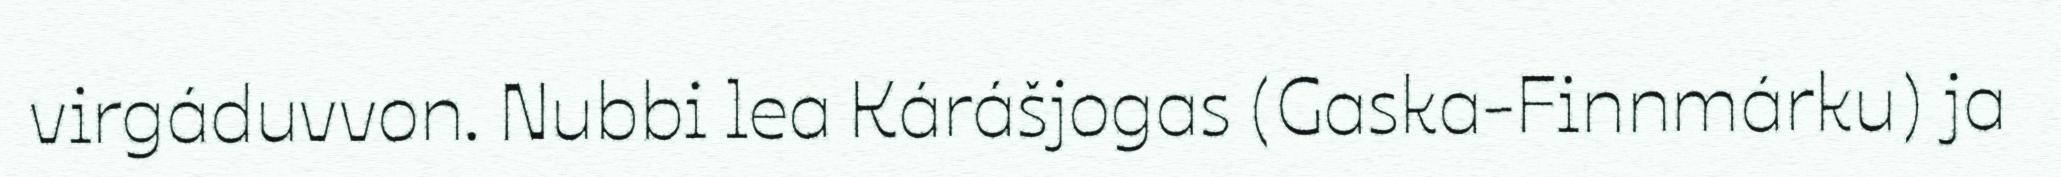
virgáduvvon. Nubbi lea Kárášjogas (Gaska-Finnmárku) ja